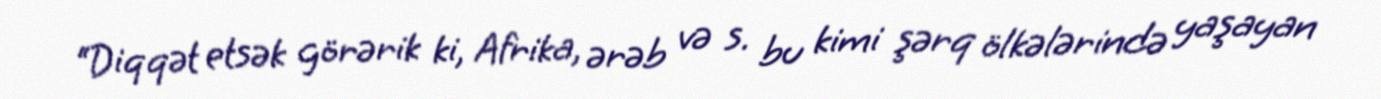
“Diqqət etsək görərik ki, Afrika, ərəb və s. bu kimi şərq ölkələrində yaşayan